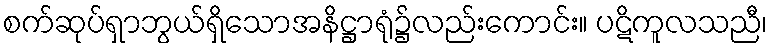
စက်ဆုပ်ရှာဘွယ်ရှိသောအနိဋ္ဌာရုံ၌လည်းကောင်း။ ပဋိကူလသညီ၊